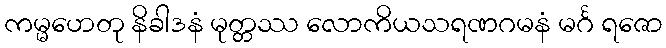
ကမ္မဟေတု နိခါဒနံ မုတ္တဿ လောကိယသရဏဂမနံ မင်္ဂ ရဇော